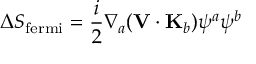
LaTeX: \Delta S _ { \mathrm { f e r m i } } = \frac { i } { 2 } \nabla _ { a } ( { \bf V } \cdot { \bf K } _ { b } ) \psi ^ { a } \psi ^ { b }